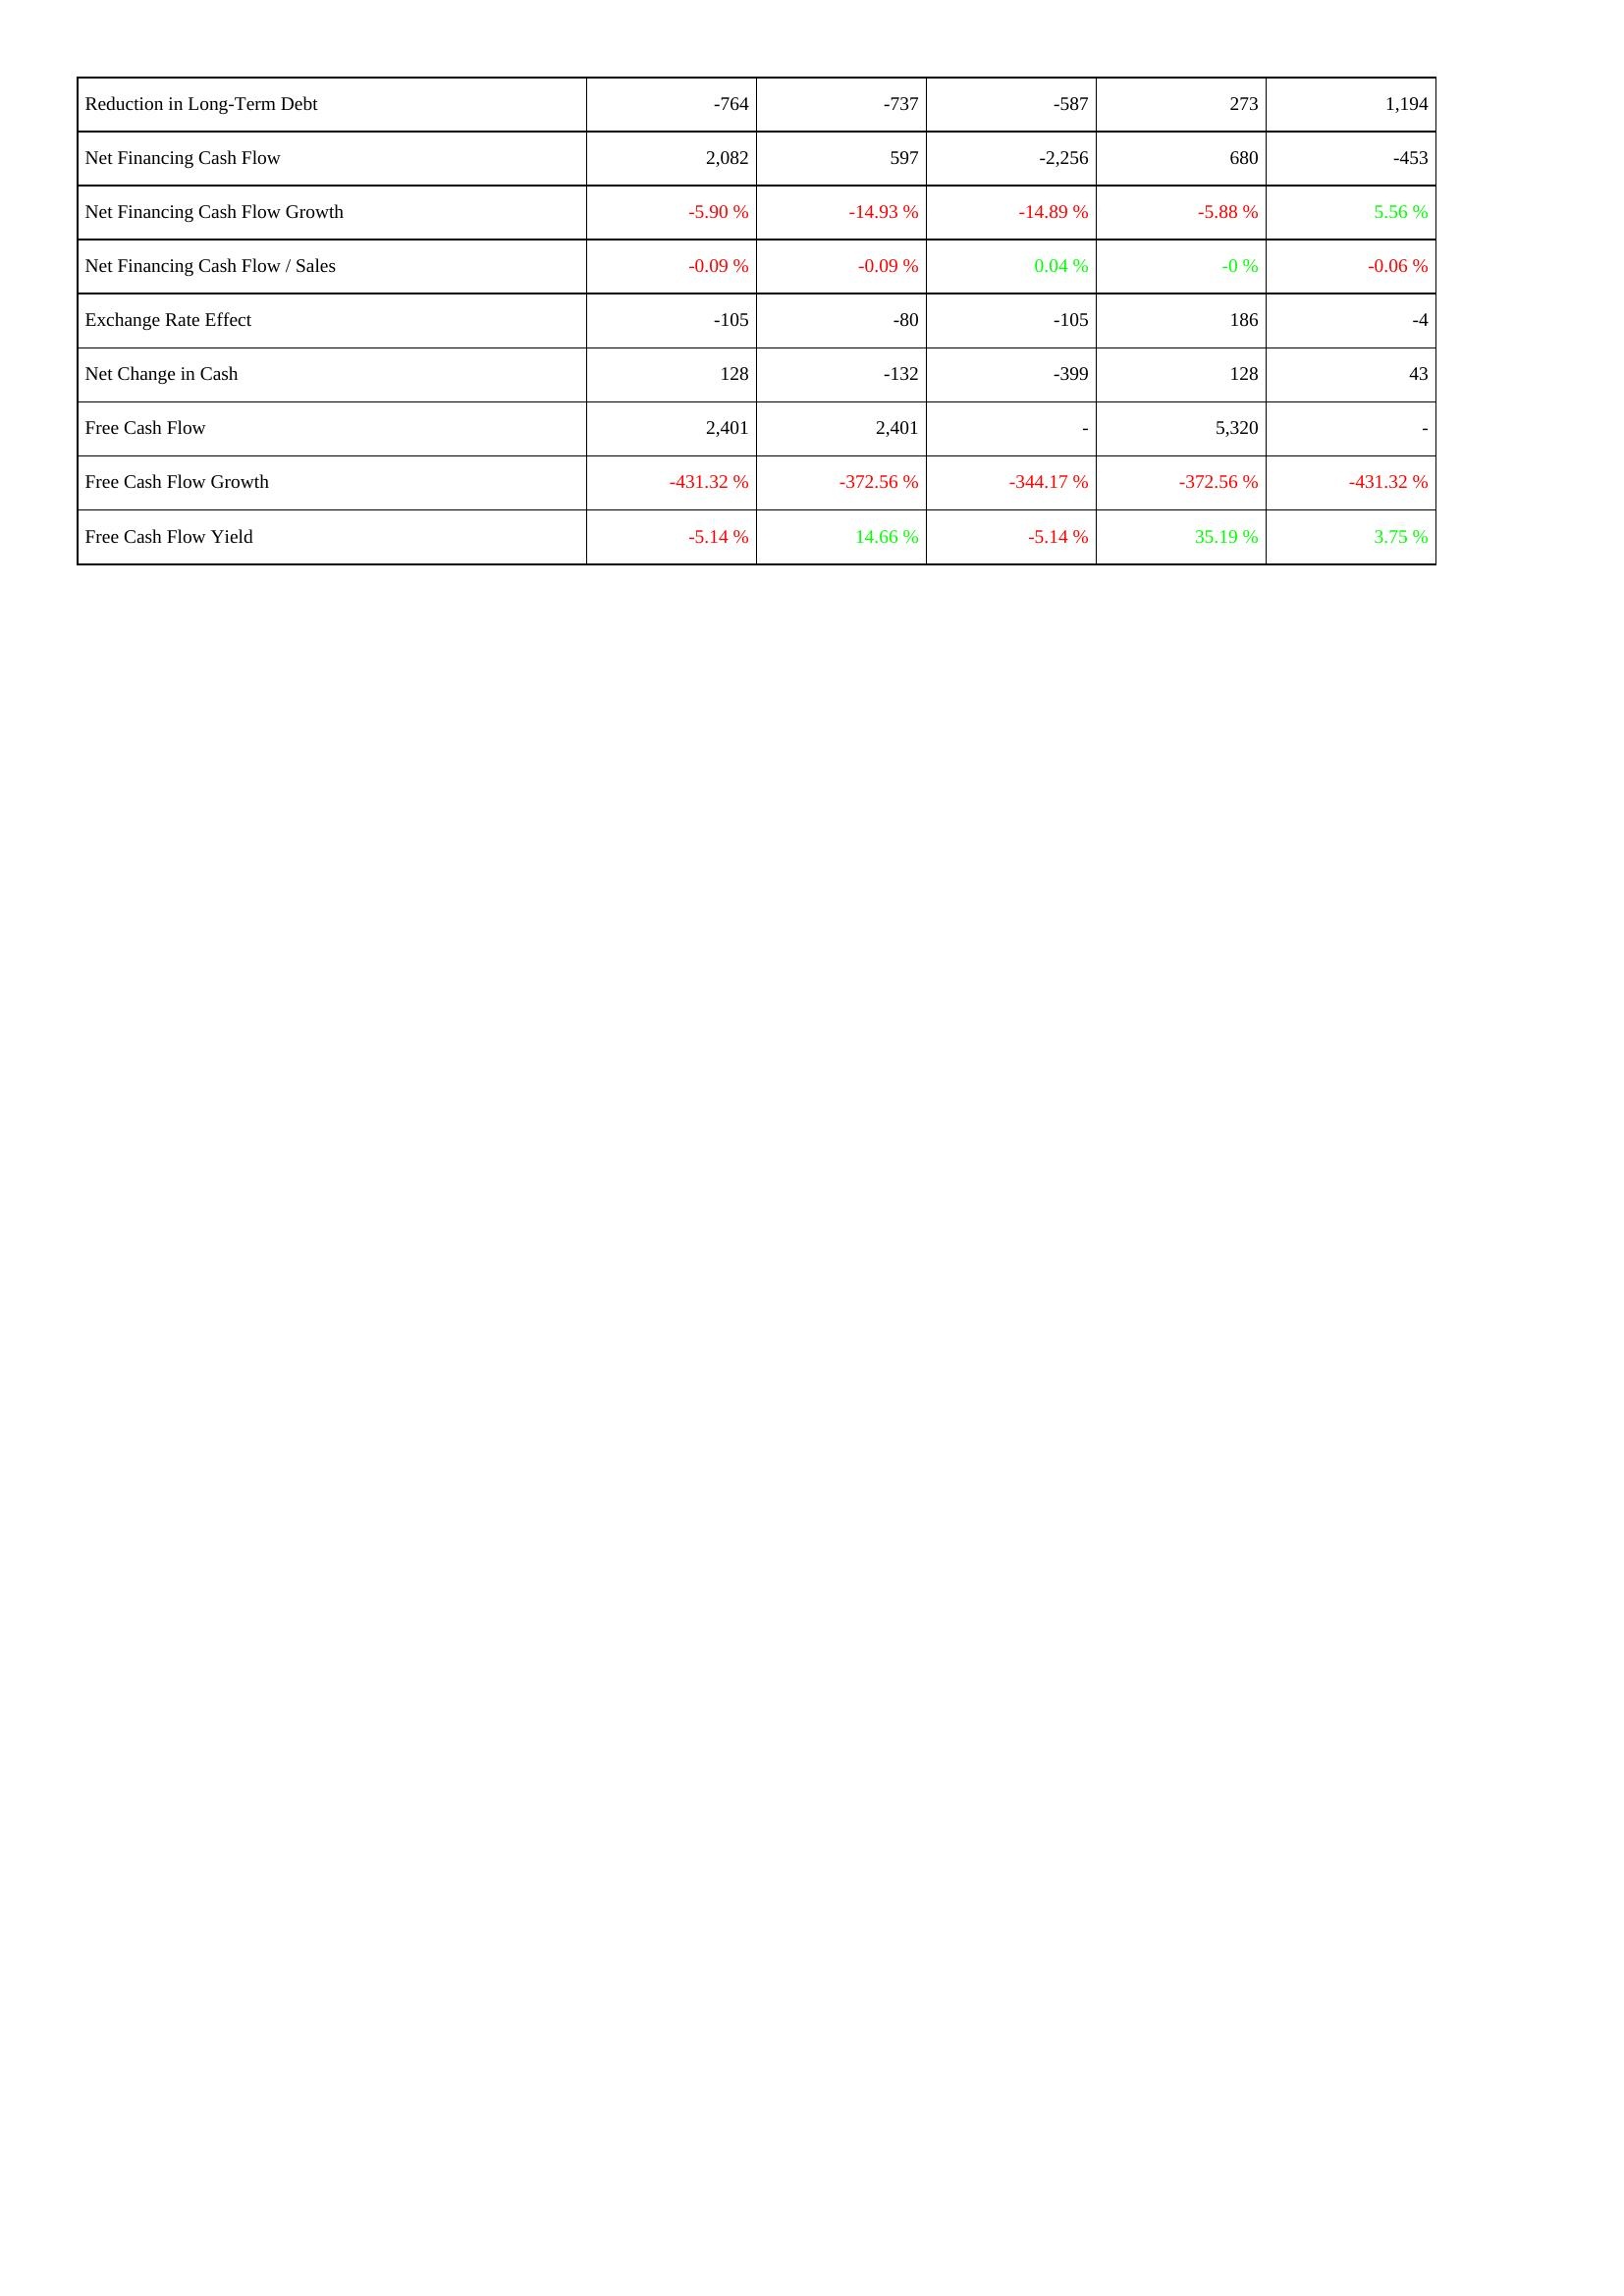
2012: Financing Activities: Reduction in Long-Term Debt: -764
Net Financing Cash Flow: 2,082
Net Financing Cash Flow Growth: -5.90 %
Net Financing Cash Flow / Sales: -0.09 %
Exchange Rate Effect: -105
Net Change in Cash: 128
Free Cash Flow: 2,401
Free Cash Flow Growth: -431.32 %
Free Cash Flow Yield: -5.14 %
2011: Financing Activities: Reduction in Long-Term Debt: -737
Net Financing Cash Flow: 597
Net Financing Cash Flow Growth: -14.93 %
Net Financing Cash Flow / Sales: -0.09 %
Exchange Rate Effect: -80
Net Change in Cash: -132
Free Cash Flow: 2,401
Free Cash Flow Growth: -372.56 %
Free Cash Flow Yield: 14.66 %
2010: Financing Activities: Reduction in Long-Term Debt: -587
Net Financing Cash Flow: -2,256
Net Financing Cash Flow Growth: -14.89 %
Net Financing Cash Flow / Sales: 0.04 %
Exchange Rate Effect: -105
Net Change in Cash: -399
Free Cash Flow: -
Free Cash Flow Growth: -344.17 %
Free Cash Flow Yield: -5.14 %
2009: Financing Activities: Reduction in Long-Term Debt: 273
Net Financing Cash Flow: 680
Net Financing Cash Flow Growth: -5.88 %
Net Financing Cash Flow / Sales: -0 %
Exchange Rate Effect: 186
Net Change in Cash: 128
Free Cash Flow: 5,320
Free Cash Flow Growth: -372.56 %
Free Cash Flow Yield: 35.19 %
2008: Financing Activities: Reduction in Long-Term Debt: 1,194
Net Financing Cash Flow: -453
Net Financing Cash Flow Growth: 5.56 %
Net Financing Cash Flow / Sales: -0.06 %
Exchange Rate Effect: -4
Net Change in Cash: 43
Free Cash Flow: -
Free Cash Flow Growth: -431.32 %
Free Cash Flow Yield: 3.75 %